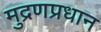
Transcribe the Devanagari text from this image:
मुद्रणप्रधान